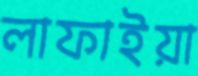
লাফাইয়া